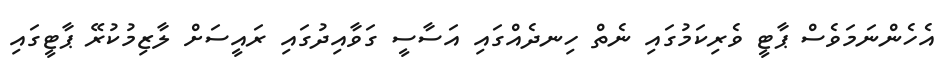
އެހެންނަމަވެސް ޕާޓީ ވެރިކަމުގައި ނެތް ހިނދެއްގައި އަސާސީ ގަވާއިދުގައި ރައީސަށް ލާޒިމުކުރޭ ޕާޓީގައި